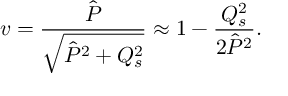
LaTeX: v = { \frac { \hat { P } } { \sqrt { \hat { P } ^ { 2 } + Q _ { s } ^ { 2 } } } } \approx 1 - { \frac { Q _ { s } ^ { 2 } } { 2 \hat { P } ^ { 2 } } } .